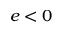
e < 0